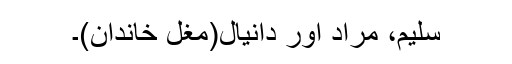
سلیم، مراد اور دانیال(مغل خاندان)۔